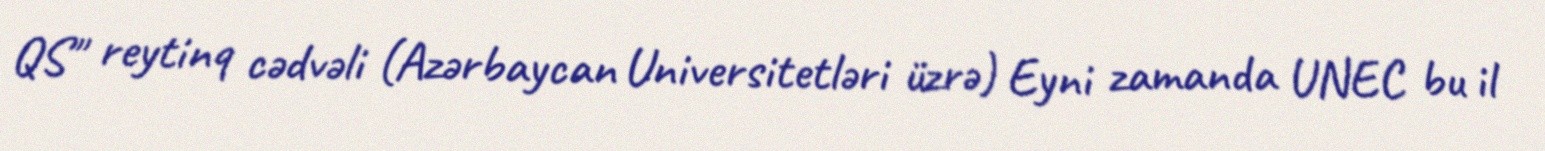
QS" reytinq cədvəli (Azərbaycan Universitetləri üzrə) Eyni zamanda UNEC bu il